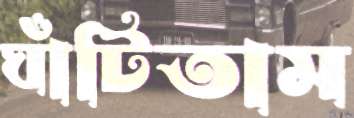
ঘাঁটিতাম